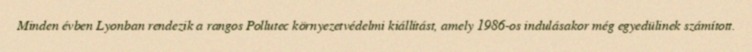
Minden évben Lyonban rendezik a rangos Pollutec környezetvédelmi kiállítást, amely 1986-os indulásakor még egyedülinek számított.